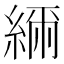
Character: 𦁥